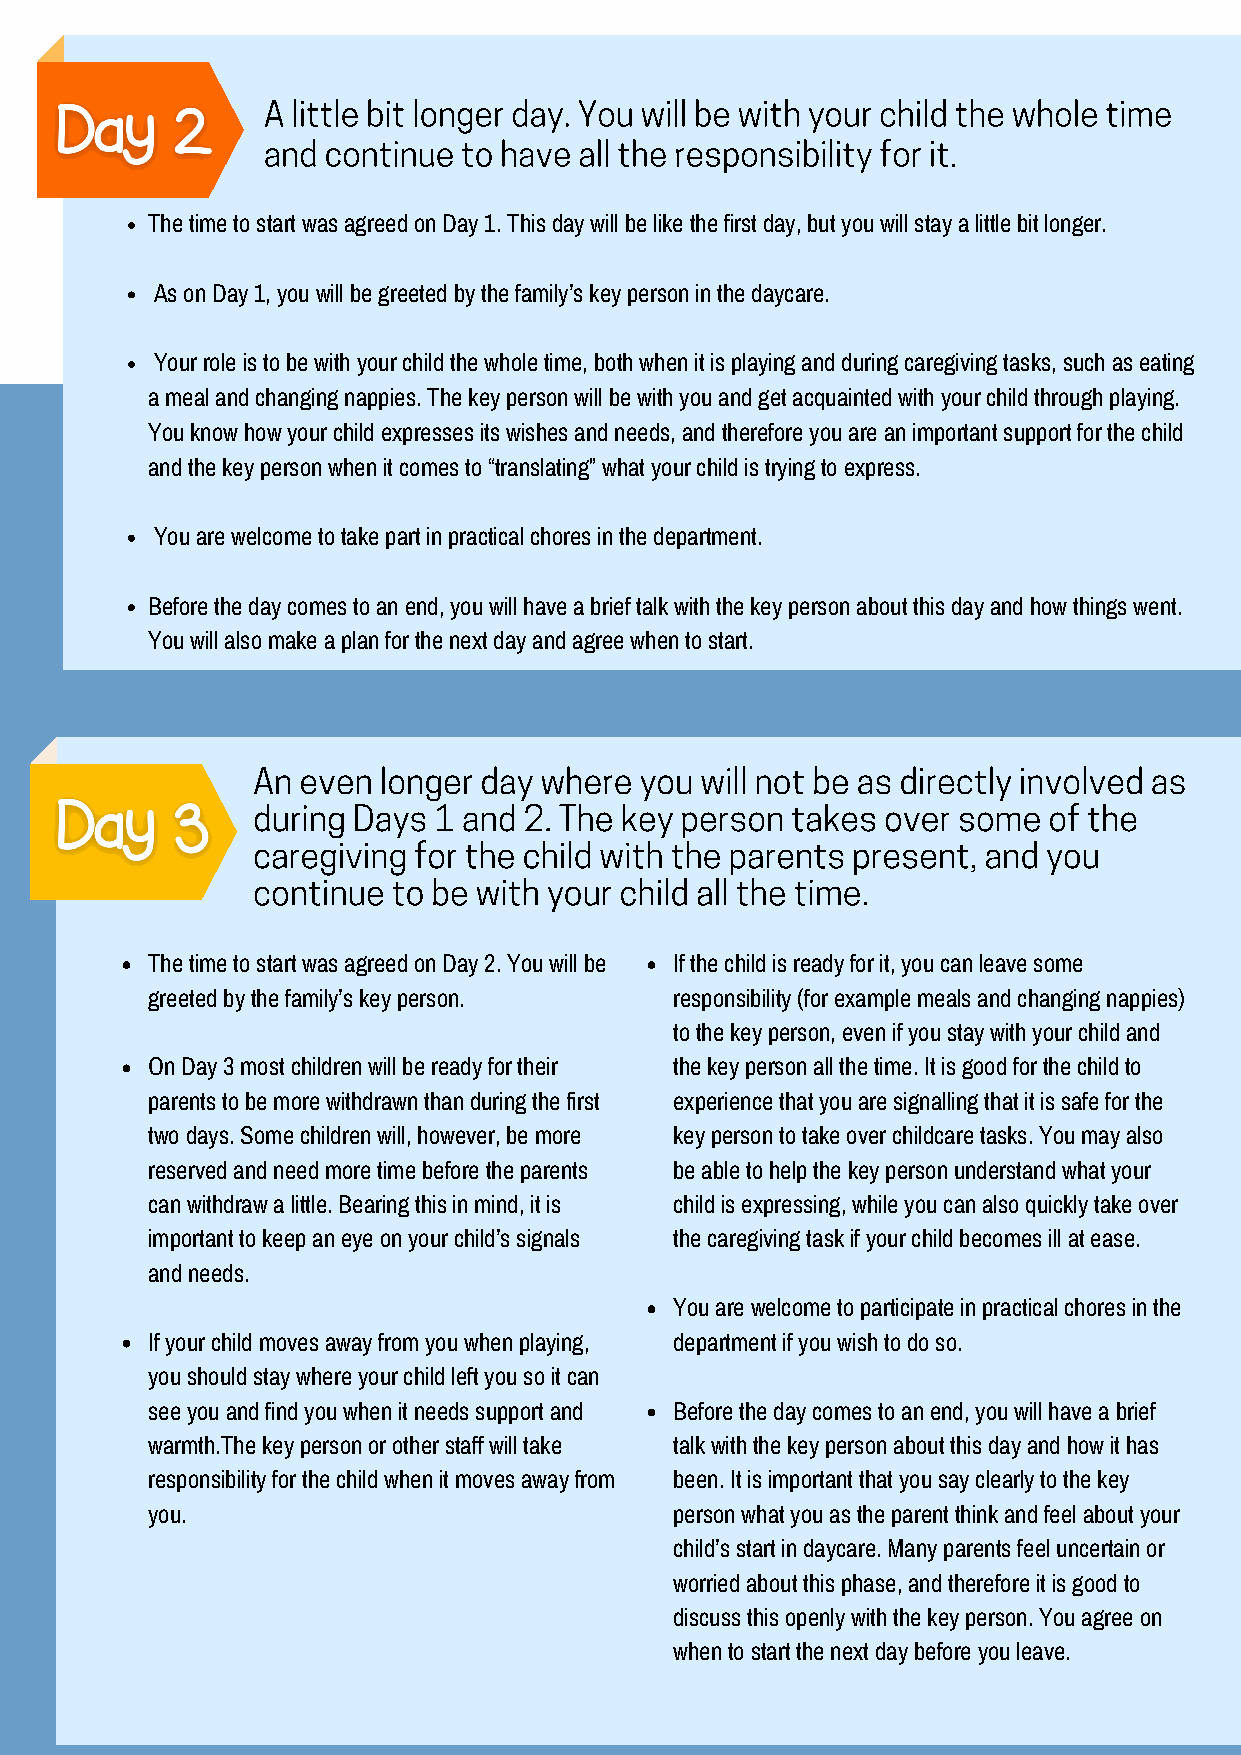
A little bit longer day. You will be with your child the whole time
 and continue  to have all the responsibility for it.
 The time to start was agreed on Day 1. This day will be like the first day, but you will stay a little bit longer.
 As on Day 1, you will be greeted by the family’s key person in the daycare.
 Your role is to be with your child the whole time, both when it is playing and during caregiving tasks, such as eating
 a meal and changing nappies. The key person will be with you and get acquainted with your child through playing.
 You know how your child expresses its wishes and needs, and therefore you are an important support for the child
 and the key person when it comes to “translating” what your child is trying to express.
 You are welcome to take part in practical chores in the department.
 Before the day comes to an end, you will have a brief talk with the key person about this day and how things went.
 You will also make a plan for the next day and agree when to start.
 An even longer day where you will not be as directly involved as
 during Days 1 and 2. The key person takes over some of the
 caregiving for the child with the parents present, and you
 continue to be with your child all the time.
 The time to start was agreed on Day 2. You will be If the child is ready for it, you can leave some
 greeted by the family’s key person. responsibility (for example meals and changing nappies)
 to the key person, even if you stay with your child and
 On Day 3 most children will be ready for their the key person all the time. It is good for the child to
 parents to be more withdrawn than during the first experience that you are signalling that it is safe for the
 two days. Some children will, however, be more key person to take over childcare tasks. You may also
 reserved and need more time before the parents be able to help the key person understand what your
 can withdraw a little. Bearing this in mind, it is child is expressing, while you can also quickly take over
 important to keep an eye on your child’s signals the caregiving task if your child becomes ill at ease.
 and needs.
 You are welcome to participate in practical chores in the
 If your child moves away from you when playing, department if you wish to do so.
 you should stay where your child left you so it can
 see you and find you when it needs support and Before the day comes to an end, you will have a brief
 warmth.The key person or other staff will take talk with the key person about this day and how it has
 responsibility for the child when it moves away from been. It is important that you say clearly to the key
 you.                               person what you as the parent think and feel about your
 child’s start in daycare. Many parents feel uncertain or
 worried about this phase, and therefore it is good to
 discuss this openly with the key person. You agree on
 when to start the next day before you leave.